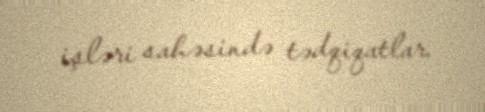
işləri sahəsində tədqiqatlar.